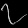
Digit: ၇